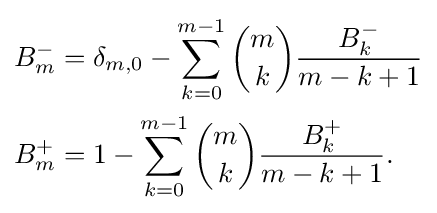
{\begin{aligned}B_{m}^{-{}}&=\delta _{m,0}-\sum _{k=0}^{m-1}{\binom {m}{k}}{\frac {B_{k}^{-{}}}{m-k+1}}\\B_{m}^{+}&=1-\sum _{k=0}^{m-1}{\binom {m}{k}}{\frac {B_{k}^{+}}{m-k+1}}.\end{aligned}}